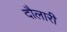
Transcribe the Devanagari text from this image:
दौलारी